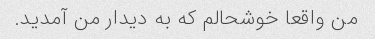
من واقعا خوشحالم که به دیدار من آمدید.